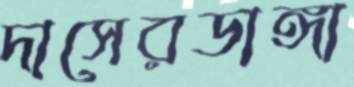
দাসেরডাঙ্গা